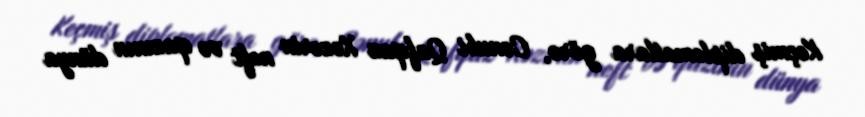
Keçmiş diplomatlara görə, Cənubi Qafqaz Xəzərin neft və qazının dünya